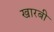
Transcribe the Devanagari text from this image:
खारबी